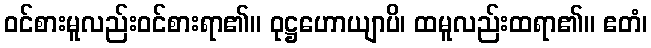
ဝင်စားမူလည်းဝင်စားရာ၏။ ဝုဋ္ဌဟောယျာပိ၊ ထမူလည်းထရာ၏။ ဧတံ၊